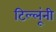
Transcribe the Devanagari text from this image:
टिल्लूंनी